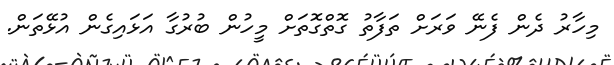
މިހާރު ދެން ފެނޭ ވަރަށް ތަފާތު ގޮތްގޮތަށް މީހުން ބުރުގާ އަޅައިގެން އުޅޭތަން.